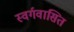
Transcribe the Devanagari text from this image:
स्वर्गवासित